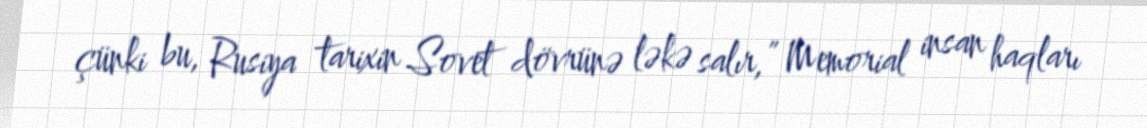
çünki bu, Rusiya tarixin Sovet dövrünə ləkə salır,” Memorial insan haqları